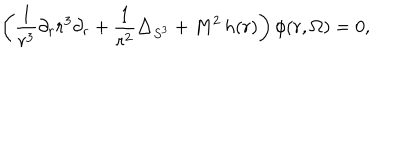
\left( \frac { 1 } { r ^ { 3 } } \partial _ { r } r ^ { 3 } \partial _ { r } + \frac { 1 } { r ^ { 2 } } \triangle _ { S ^ { 3 } } + M ^ { 2 } \, h ( r ) \right) \phi ( r , \Omega ) = 0 ,